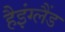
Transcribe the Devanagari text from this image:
हैइंग्लैंड